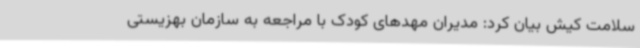
سلامت کیش بیان کرد: مدیران مهدهای کودک با مراجعه به سازمان بهزیستی